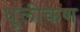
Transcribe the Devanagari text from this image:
धूलीकण